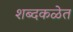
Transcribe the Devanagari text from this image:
शब्दकळेत